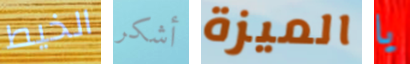
الخيط أشكر الميزة يا